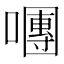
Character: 𡁴